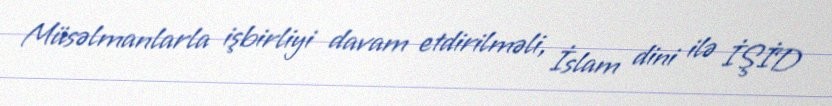
Müsəlmanlarla işbirliyi davam etdirilməli, İslam dini ilə İŞİD